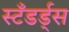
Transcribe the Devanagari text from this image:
स्टँडर्ड्‌स